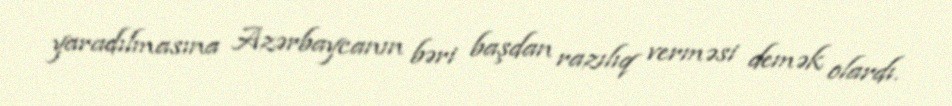
yaradılmasına Azərbaycanın bəri başdan razılıq verməsi demək olardı.